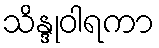
သိန္ဒုဝါရကာ